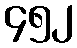
၄၅၂